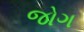
જોગ